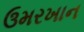
ઉમરખાન